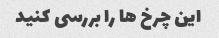
این چرخ ها را بررسی کنید